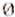
0